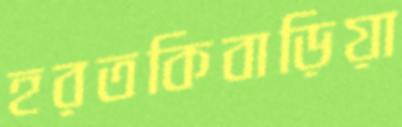
হরতকিবাড়িয়া